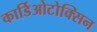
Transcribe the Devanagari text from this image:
कार्डिओटोक्सिन